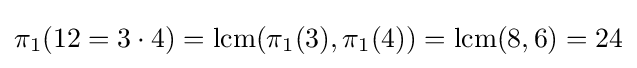
\pi _{1}(12=3\cdot 4)=\mathrm {lcm} (\pi _{1}(3),\pi _{1}(4))=\mathrm {lcm} (8,6)=24